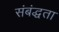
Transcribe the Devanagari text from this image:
संबंद्धता